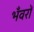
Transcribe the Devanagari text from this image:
भँवरों